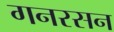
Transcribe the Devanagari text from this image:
गनरसन